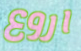
اروع